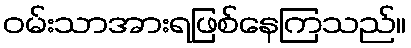
ဝမ်းသာအားရဖြစ်နေကြသည်။